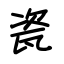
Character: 瓷